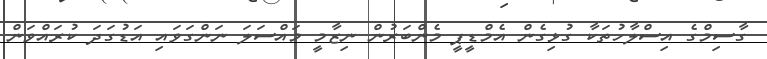
ގާސިމްގެ އިސްލާހުތަކާ ގުޅިގެން އެމްޑީޕީ މެންބަރުން ނިޒާމީ މައްސަލަ ނަންގަވައި އަޑުގަދަ ކުރައްވަން